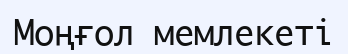
Моңғол мемлекеті